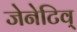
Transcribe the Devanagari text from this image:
जेनेटिव्